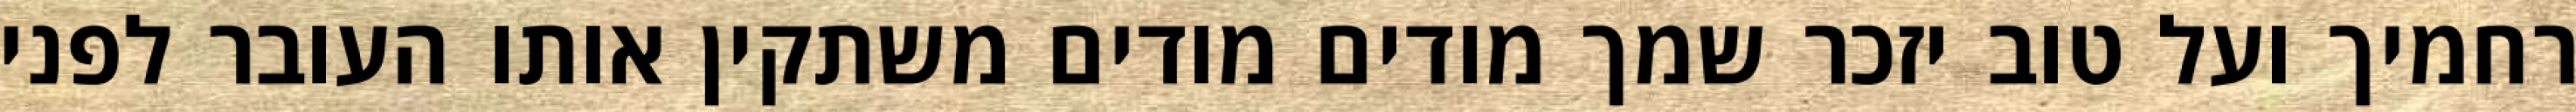
רחמיך ועל טוב יזכר שמך מודים מודים משתקין אותו העובר לפני